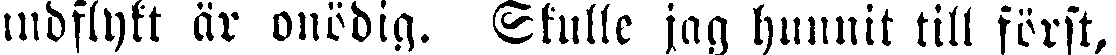
undflytt är onödig. Skulle jag hunnit till först,